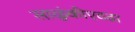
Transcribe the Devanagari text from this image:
साळुंकीएवढा